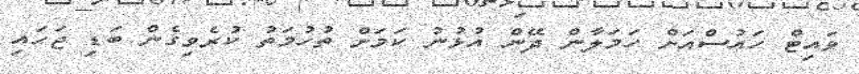
ވައިޓް ހައުސްއަށް ހަމަލާން ދޭން އުޅުނު ކަމަށް ތުހުމަތު ކުރެވިގެން ބަޑި ޖަހައި